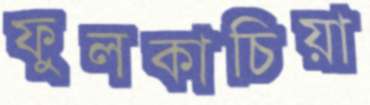
ফুলকাচিয়া